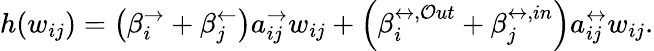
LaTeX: h(w_{ij})=\left(\beta_{i}^{\rightarrow}+\beta_{j}^{\leftarrow}\right)a_{ij}^{\rightarrow}w_{ij}+\left(\beta_{i}^{\leftrightarrow,\mathcal{O}ut}+\beta_{j}^{\leftrightarrow,in}\right)a_{ij}^{\leftrightarrow}w_{ij}.